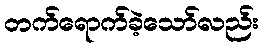
တက်ရောက်ခဲ့သော်လည်း